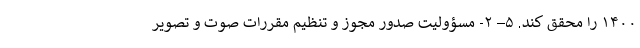
۱۴۰۰ را محقق کند. ۵– ۲- مسؤولیت صدور مجوز و تنظیم مقررات صوت و تصویر